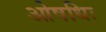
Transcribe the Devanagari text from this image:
ओषधिः